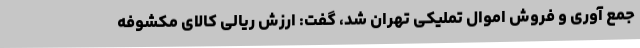
جمع آوری و فروش اموال تملیکی تهران شد، گفت: ارزش ریالی کالای مکشوفه